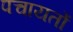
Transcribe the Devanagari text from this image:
पचायतों